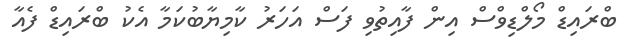
ބްރައިޑް މޯލްޑިވްސް އިން ފާއިތުވި ފަސް އަހަރު ކާމިޔާބުކަމާ އެކު ބްރައިޑް ފެއާ